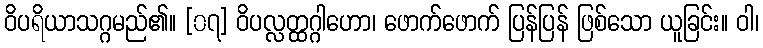
ဝိပရိယာသဂ္ဂမည်၏။ [၀၇] ဝိပလ္လတ္ထဂ္ဂါဟော၊ ဖောက်ဖောက် ပြန်ပြန် ဖြစ်သော ယူခြင်း။ ဝါ၊